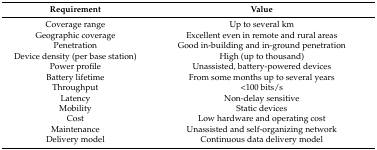
<table><thead><tr><td><b>Requirement</b></td><td><b>Value</b></td></tr></thead><tbody><tr><td>Coverage range</td><td>Up to several km</td></tr><tr><td>Geographic coverage</td><td>Excellent even in remote and rural areas</td></tr><tr><td>Penetration</td><td>Good in-building and in-ground penetration</td></tr><tr><td>Device density (per base station)</td><td>High (up to thousand)</td></tr><tr><td>Power profile</td><td>Unassisted, battery-powered devices</td></tr><tr><td>Battery lifetime</td><td>From some months up to several years</td></tr><tr><td>Throughput</td><td>&lt;100 bits/s</td></tr><tr><td>Latency</td><td>Non-delay sensitive</td></tr><tr><td>Mobility</td><td>Static devices</td></tr><tr><td>Cost</td><td>Low hardware and operating cost</td></tr><tr><td>Maintenance</td><td>Unassisted and self-organizing network</td></tr><tr><td>Delivery model</td><td>Continuous data delivery model</td></tr></tbody></table>